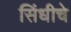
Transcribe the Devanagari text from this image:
सिंधीचे